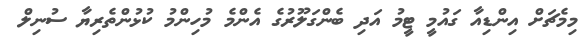
މިމެޗަށް އިންޑިއާ ގައުމީ ޓީމު އަދި ބެންގަލޫރުގެ އެންމެ މުހިންމު ކުޅުންތެރިޔާ ސުނިލް